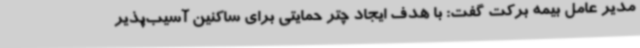
مدیر عامل بیمه برکت گفت: با هدف ایجاد چتر حمایتی برای ساکنین آسیب‌پذیر